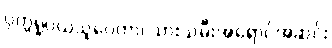
ပုတ္တရူပယသူပေတာ၊ သားသမီးအရောင်အဆင်း